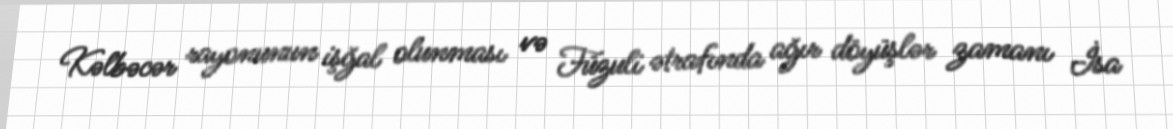
Kəlbəcər rayonunun işğal olunması və Füzuli ətrafında ağır döyüşlər zamanı İsa